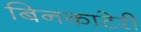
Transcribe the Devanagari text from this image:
बिनकाटेरी